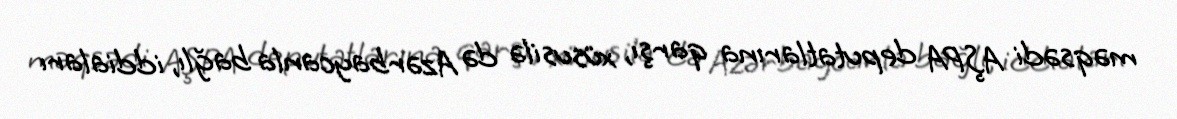
məqsədi AŞPA deputatlarına qarşı, xüsusilə də Azərbaycanla bağlı, iddiaları